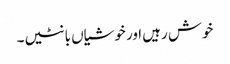
خوش رہیں اور خوشیاں بانٹیں۔